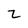
Character: Z